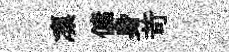
凛傭身苛